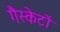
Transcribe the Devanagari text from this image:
गैस्केटों